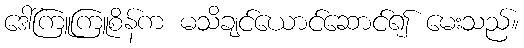
ဒေါ်ကြူကြူစိန်က မသိချင်ယောင်ဆောင်၍ မေးသည်။